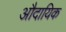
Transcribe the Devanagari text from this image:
औदायिक